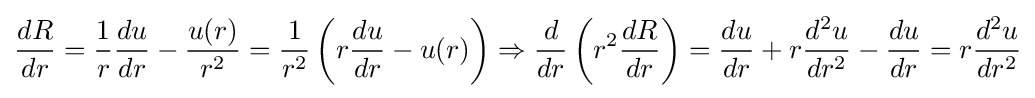
{\frac {dR}{dr}}={\frac {1}{r}}{\frac {du}{dr}}-{\frac {u(r)}{r^{2}}}={\frac {1}{r^{2}}}\left(r{\frac {du}{dr}}-u(r)\right)\Rightarrow {\frac {d}{dr}}\left(r^{2}{\frac {dR}{dr}}\right)={\frac {du}{dr}}+r{\frac {d^{2}u}{dr^{2}}}-{\frac {du}{dr}}=r{\frac {d^{2}u}{dr^{2}}}